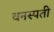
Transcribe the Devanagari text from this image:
वनस्‍पती